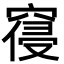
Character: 𮄊